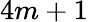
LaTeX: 4m+1